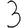
Digit: 3